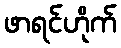
ဖာရင်ဟိုက်